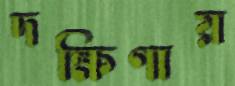
দক্ষিণায়